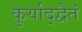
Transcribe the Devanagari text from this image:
कुर्याद्द्वैतं